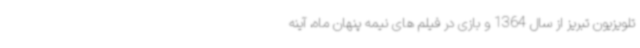
تلویزیون تبریز از سال 1364 و بازی در فیلم های نیمه پنهان ماه، آینه